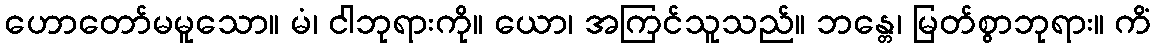
ဟောတော်မမူသော။ မံ၊ ငါဘုရားကို။ ယော၊ အကြင်သူသည်။ ဘန္တေ၊ မြတ်စွာဘုရား။ ကိံ